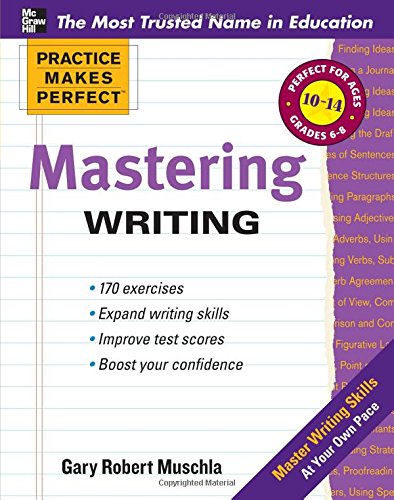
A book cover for Practice Makes Perfect Mastering Writing (Practice Makes Perfect Series); Gary Muschla; Education & Teaching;